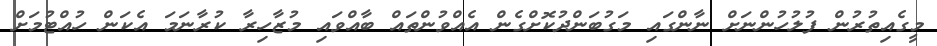
މީގެއިތުރުން ފުލުހުންނަށް ނާންގައި މަގުބަންދުކޮށްގެން އެއްވުންތައް ބާއްވައި މުޒާހިރާ ކުރާނަމަ އެކަން ހުއްޓުމަށް